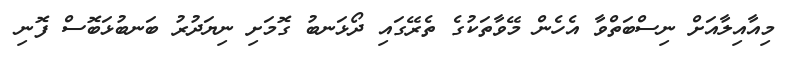
މިއާއިލާއަށް ނިސްބަތްވާ އެހެން މޭވާތަކުގެ ތެރޭގައި ދޯޅަނބު ގޮމަށި ނިޔަދުރު ބަނބުޅަބޮސް ފޮނި